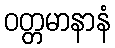
ဝတ္တမာနာနံ